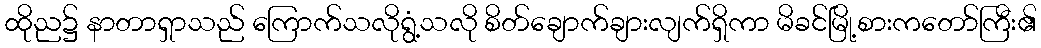
ထိုည၌ နာတာရှာသည် ကြောက်သလိုရွံ့သလို စိတ်ချောက်ချားလျက်ရှိကာ မိခင်မြို့စားကတော်ကြီး၏